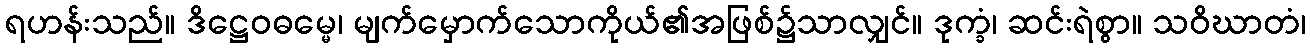
ရဟန်းသည်။ ဒိဋ္ဌေဝဓမ္မေ၊ မျက်မှောက်သောကိုယ်၏အဖြစ်၌သာလျှင်။ ဒုက္ခံ၊ ဆင်းရဲစွာ။ သဝိဃာတံ၊